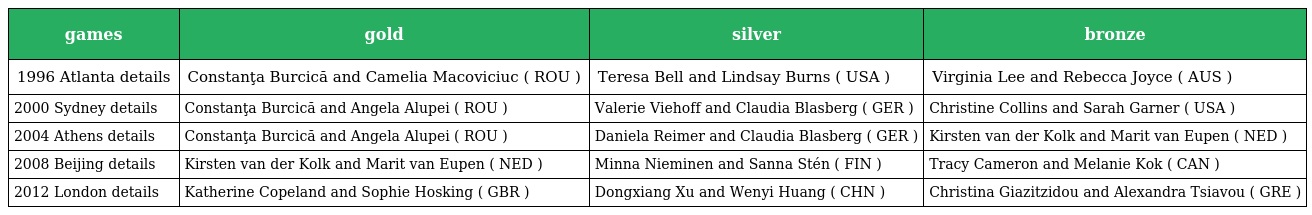
| games | gold | silver | bronze |
 | --- | --- | --- | --- |
 | 1996 Atlanta details | Constanţa Burcică and Camelia Macoviciuc ( ROU ) | Teresa Bell and Lindsay Burns ( USA ) | Virginia Lee and Rebecca Joyce ( AUS ) |
 | 2000 Sydney details | Constanţa Burcică and Angela Alupei ( ROU ) | Valerie Viehoff and Claudia Blasberg ( GER ) | Christine Collins and Sarah Garner ( USA ) |
 | 2004 Athens details | Constanţa Burcică and Angela Alupei ( ROU ) | Daniela Reimer and Claudia Blasberg ( GER ) | Kirsten van der Kolk and Marit van Eupen ( NED ) |
 | 2008 Beijing details | Kirsten van der Kolk and Marit van Eupen ( NED ) | Minna Nieminen and Sanna Stén ( FIN ) | Tracy Cameron and Melanie Kok ( CAN ) |
 | 2012 London details | Katherine Copeland and Sophie Hosking ( GBR ) | Dongxiang Xu and Wenyi Huang ( CHN ) | Christina Giazitzidou and Alexandra Tsiavou ( GRE ) |